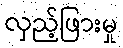
လှည့်ဖြားမှု